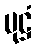
ပုဋ္ဌံ